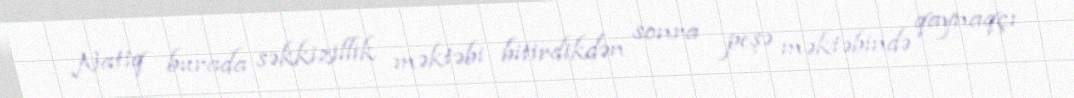
Natiq burada səkkizillik məktəbi bitirdikdən sonra peşə məktəbində qaynaqçı